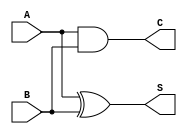
`timescale 1ns/10ps

module half_adder(
    input A, B,
    output S, C
);

	// k sinyallerini hesapla
	assign S = A ^ B;  // XOR ilemi toplama ilemini gerekletirir
	assign C = A & B;  // AND ilemi tama hesaplar

endmodule